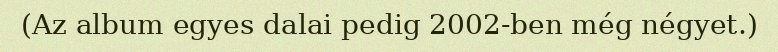
(Az album egyes dalai pedig 2002-ben még négyet.)